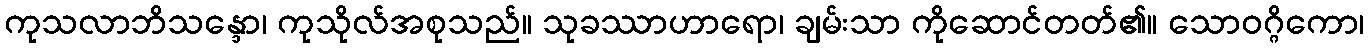
ကုသလာဘိသန္ဒော၊ ကုသိုလ်အစုသည်။ သုခဿာဟာရော၊ ချမ်းသာ ကိုဆောင်တတ်၏။ သောဝဂ္ဂိကော၊